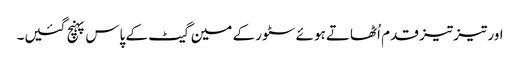
اور تیز تیز قدم اُٹھاتے ہوئے سٹور کے مین گیٹ کے پاس پہنچ گئیں۔